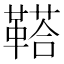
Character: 鞳